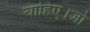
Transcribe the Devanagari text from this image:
चाहिए।जो